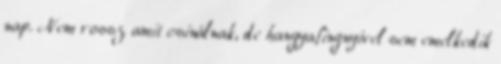
nap. Nem rossz amit csinálnak, de hangyafingnyivel sem emelkedik